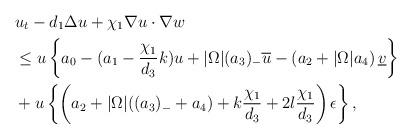
LaTeX: \begin{align*}&u_t-d_1\Delta u+\chi_1 \nabla u \cdot \nabla w\\& \leq u\left\{ a_0-(a_1-\frac{\chi_1 }{d_3}k)u+|\Omega|(a_3)_-\overline{u}-\left(a_2 +|\Omega|a_4\right)\underline{v}\right\} \\&+u\left\{ \left(a_2+|\Omega|((a_3)_-+a_4)+k\frac{\chi_1}{d_3}+2l\frac{\chi_{1}}{d_{3}}\right)\epsilon\right\},\end{align*}